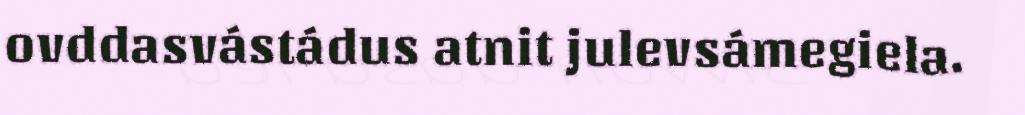
ovddasvástádus atnit julevsámegiela.